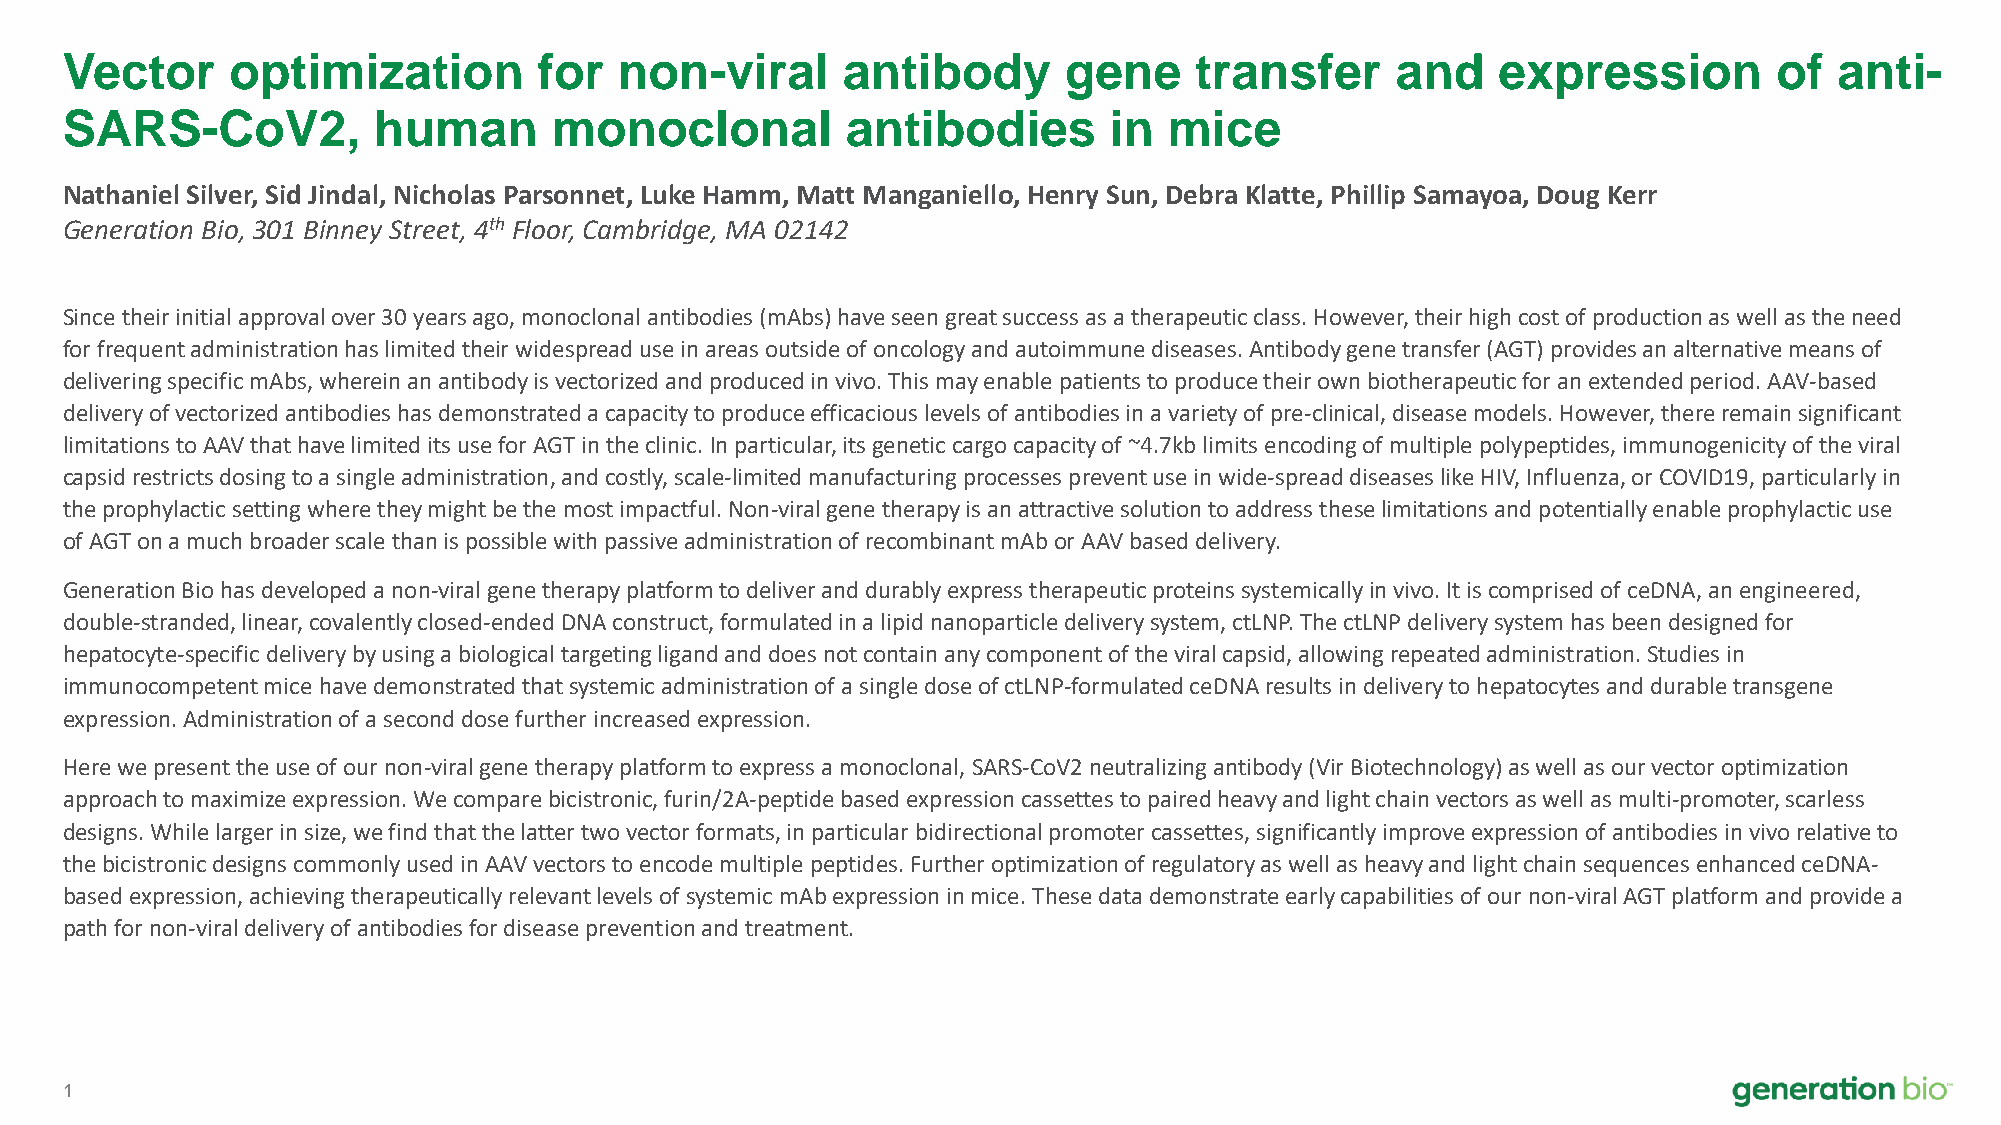
Vector     optimization         for  non-viral      antibody      gene     transfer     and    expression         of  anti-
 SARS-CoV2,           human      monoclonal          antibodies       in  mice
 Nathaniel Silver, Sid Jindal, Nicholas Parsonnet, Luke Hamm, Matt Manganiello, Henry Sun, Debra Klatte, Phillip Samayoa, Doug Kerr
 Generation Bio, 301 Binney Street, 4th Floor, Cambridge, MA 02142
 Since their initial approval over 30 years ago, monoclonal antibodies (mAbs) have seen great success as a therapeutic class. However, their high cost of production as well as the need
 for frequent administration has limited their widespread use in areas outside of oncology and autoimmune diseases. Antibody genetransfer (AGT) provides an alternative means of
 delivering specific mAbs, wherein an antibody is vectorized and produced in vivo. This may enable patients to produce their own biotherapeutic for anextended period. AAV-based
 delivery of vectorized antibodies has demonstrated a capacity to produce efficacious levels of antibodies in a variety of pre-clinical, disease models. However, there remain significant
 limitations to AAV that have limited its use for AGT in the clinic. In particular, itsgenetic cargo capacity of ~4.7kb limits encoding of multiple polypeptides, immunogenicity of the viral
 capsid restricts dosing to a single administration, and costly, scale-limited manufacturing processes prevent use in wide-spreaddiseases like HIV, Influenza, or COVID19, particularly in
 the prophylactic setting where they might be the most impactful. Non-viral gene therapy is an attractive solution to address these limitations and potentially enable prophylactic use
 of AGT on a much broader scale than is possible with passive administration of recombinant mAbor AAV based delivery.
 Generation Bio has developed a non-viral gene therapy platform to deliver and durably express therapeutic proteins systemically in vivo. It is comprised of ceDNA, an engineered,
 double-stranded, linear, covalently closed-ended DNA construct, formulated in a lipid nanoparticle delivery system, ctLNP. The ctLNP delivery system has been designed for
 hepatocyte-specific delivery by using a biological targeting ligand and does not contain any component of the viral capsid, allowing repeated administration. Studies in
 immunocompetent mice have demonstrated that systemic administration of a single dose of ctLNP-formulated ceDNA results in delivery to hepatocytes and durable transgene
 expression. Administration of a second dose further increased expression.
 Here we present the use of our non-viral gene therapy platform to express a monoclonal, SARS-CoV2 neutralizing antibody (Vir Biotechnology) as well as our vector optimization
 approach to maximize expression. We compare bicistronic, furin/2A-peptide based expression cassettes to paired heavy and light chain vectors as well as multi-promoter, scarless
 designs. While larger in size, we find that the latter two vector formats, in particular bidirectional promoter cassettes, significantly improve expression of antibodies in vivo relative to
 the bicistronicdesigns commonly used in AAV vectors to encode multiple peptides. Further optimization of regulatory as well as heavy and lightchain sequences enhanced ceDNA-
 based expression, achieving therapeutically relevant levels of systemic mAbexpression in mice. These data demonstrate early capabilities of our non-viral AGT platform and provide a
 path for non-viral delivery of antibodies for disease prevention and treatment.
 1